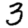
Digit: 3